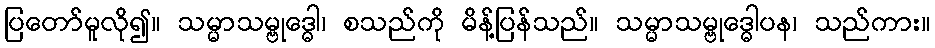
ပြတော်မူလို၍။ သမ္မာသမ္ဗုဒ္ဓေါ၊ စသည်ကို မိန့်ပြန်သည်။ သမ္မာသမ္ဗုဒ္ဓေါပန၊ သည်ကား။